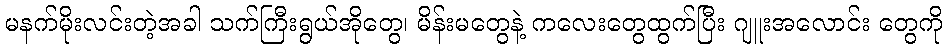
မနက်မိုးလင်းတဲ့အခါ သက်ကြီးရွယ်အိုတွေ၊ မိန်းမတွေနဲ့ ကလေးတွေထွက်ပြီး ဂျူးအလောင်း တွေကို